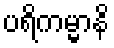
ပရိကမ္မာနိ